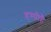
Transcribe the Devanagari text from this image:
हम्पीहै